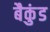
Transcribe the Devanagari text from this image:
बैकुंड